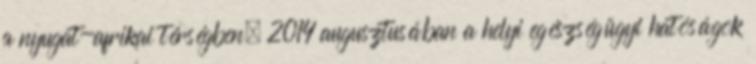
a nyugat-afrikai térségben. 2014 augusztusában a helyi egészségügyi hatóságok